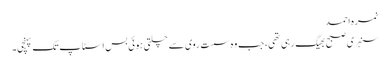
نمرہ احمد
سنہری صبح بھیگ رہی تھی، جب وہ سست روی سے چلتی ہوئی بس اسٹاپ تک پہنچی۔